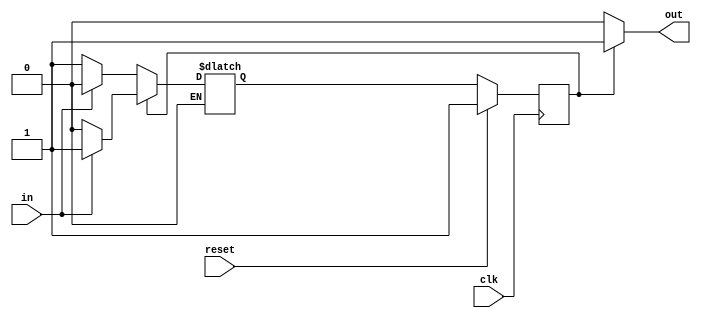
/*
Written by Aditya Wani
Github: https://github.com/25Aditya25
Solution to Sequential Logic -> Finite State Machnes -> Simple_Fsm1_synchronous_reset
*/
module top_module(
    input clk,
    input reset,    // synchronous reset to state B
    input in,
    output out);//  

    parameter A=0, B=1; 
    reg state, next_state;

    always @(*) begin    // This is a combinational always block
        // State transition logic
        case(state)
            A: if(in==1'b1)
                begin
                	next_state<=A;
                end
            else if(in==1'b0)
                begin
                	next_state<=B;
                end
            B: if(in==1'b1)
                begin
                	next_state<=B;
                end
            else if(in==1'b0)
                begin
                	next_state<=A;
                end
        endcase
    end

    always @(posedge clk) begin    // This is a sequential always block
        // State flip-flops with synchronous reset
        if(reset)
            begin
            	state <= B;
            end
        else 
            begin
        		state <= next_state;
        	end
    end
	
    
    // Output logic
    assign out = (state == A)?1'b0:1'b1;

endmodule